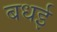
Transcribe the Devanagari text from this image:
बधई